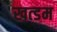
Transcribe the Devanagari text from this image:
खत्डम